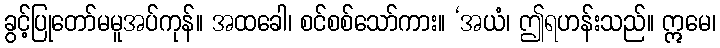
ခွင့်ပြုတော်မမူအပ်ကုန်။ အထခေါ၊ စင်စစ်သော်ကား။ ‘အယံ၊ ဤရဟန်းသည်။ ဣမေ၊